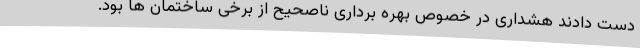
دست دادند هشداری در خصوص بهره برداری ناصحیح از برخی ساختمان ها بود.